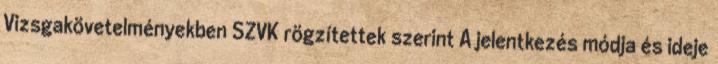
Vizsgakövetelményekben SZVK rögzítettek szerint A jelentkezés módja és ideje